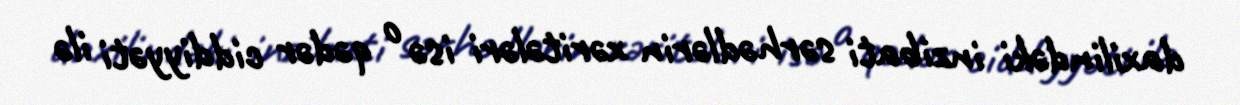
daxilindəki inzibati sərhədlərin xəritələri isə o qədər ciddiyyəti ilə